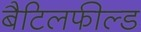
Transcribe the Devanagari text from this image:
बैटिलफील्ड